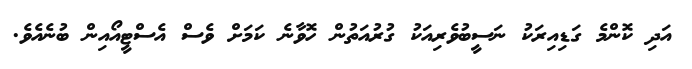
އަދި ކޮންމެ ގަޑިއިރަކު ނަސީބުވެރިއަކު ގުރުއަތުން ހޮވާނެ ކަމަށް ވެސް އެސްޓީއޯއިން ބުނެއެވެ.